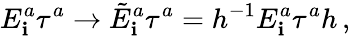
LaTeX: E_{\mathbf{i}}^{a}\tau^{a}\to\tilde{{E}}_{\mathbf{i}}^{a}\tau^{a}=h^{-1}E_{\mathbf{i}}^{a}\tau^{a}h\, ,